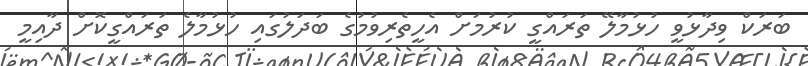
ބަރަކް ވިދާޅުވީ ހުޅުމާލޭ ތަރައްގީ ކުރުމަށް އެހީތެރިވުމުގެ ބަދަލުގައި ހުޅުމާލެ ތަރައްގީކޮށް ދާއިމީ